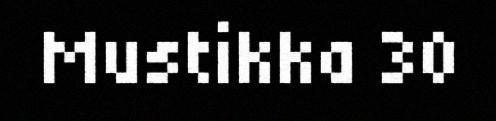
Mustikka 30